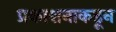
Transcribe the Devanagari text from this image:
प्रकाशनाकडून